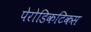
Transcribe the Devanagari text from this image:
पेरोडिकटिकस